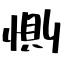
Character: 惻